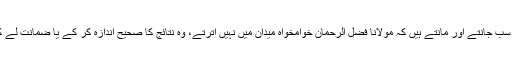
یہ بھی حقیقت ہے اور سب جانتے اور مانتے ہیں کہ مولانا فضل الرحمان خوامخواہ میدان میں نہیں اترتے، وہ نتائج کا صحیح اندازہ کر کے یا ضمانت لے کر ہی سامنے آتے ہیں۔